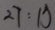
2 7 : 1 0